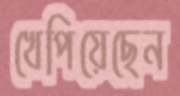
খেপিয়েছেন